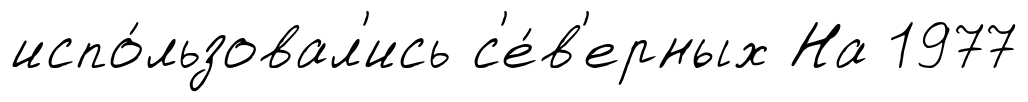
испо́льзовал'ись с'е́в'ерных На 1977